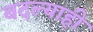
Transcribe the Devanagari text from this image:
बदल्याही